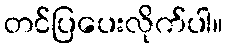
တင်ပြပေးလိုက်ပါ။